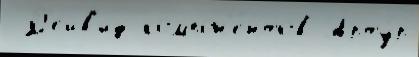
 Д'ейв'ид компон'е́нтов Арту́р